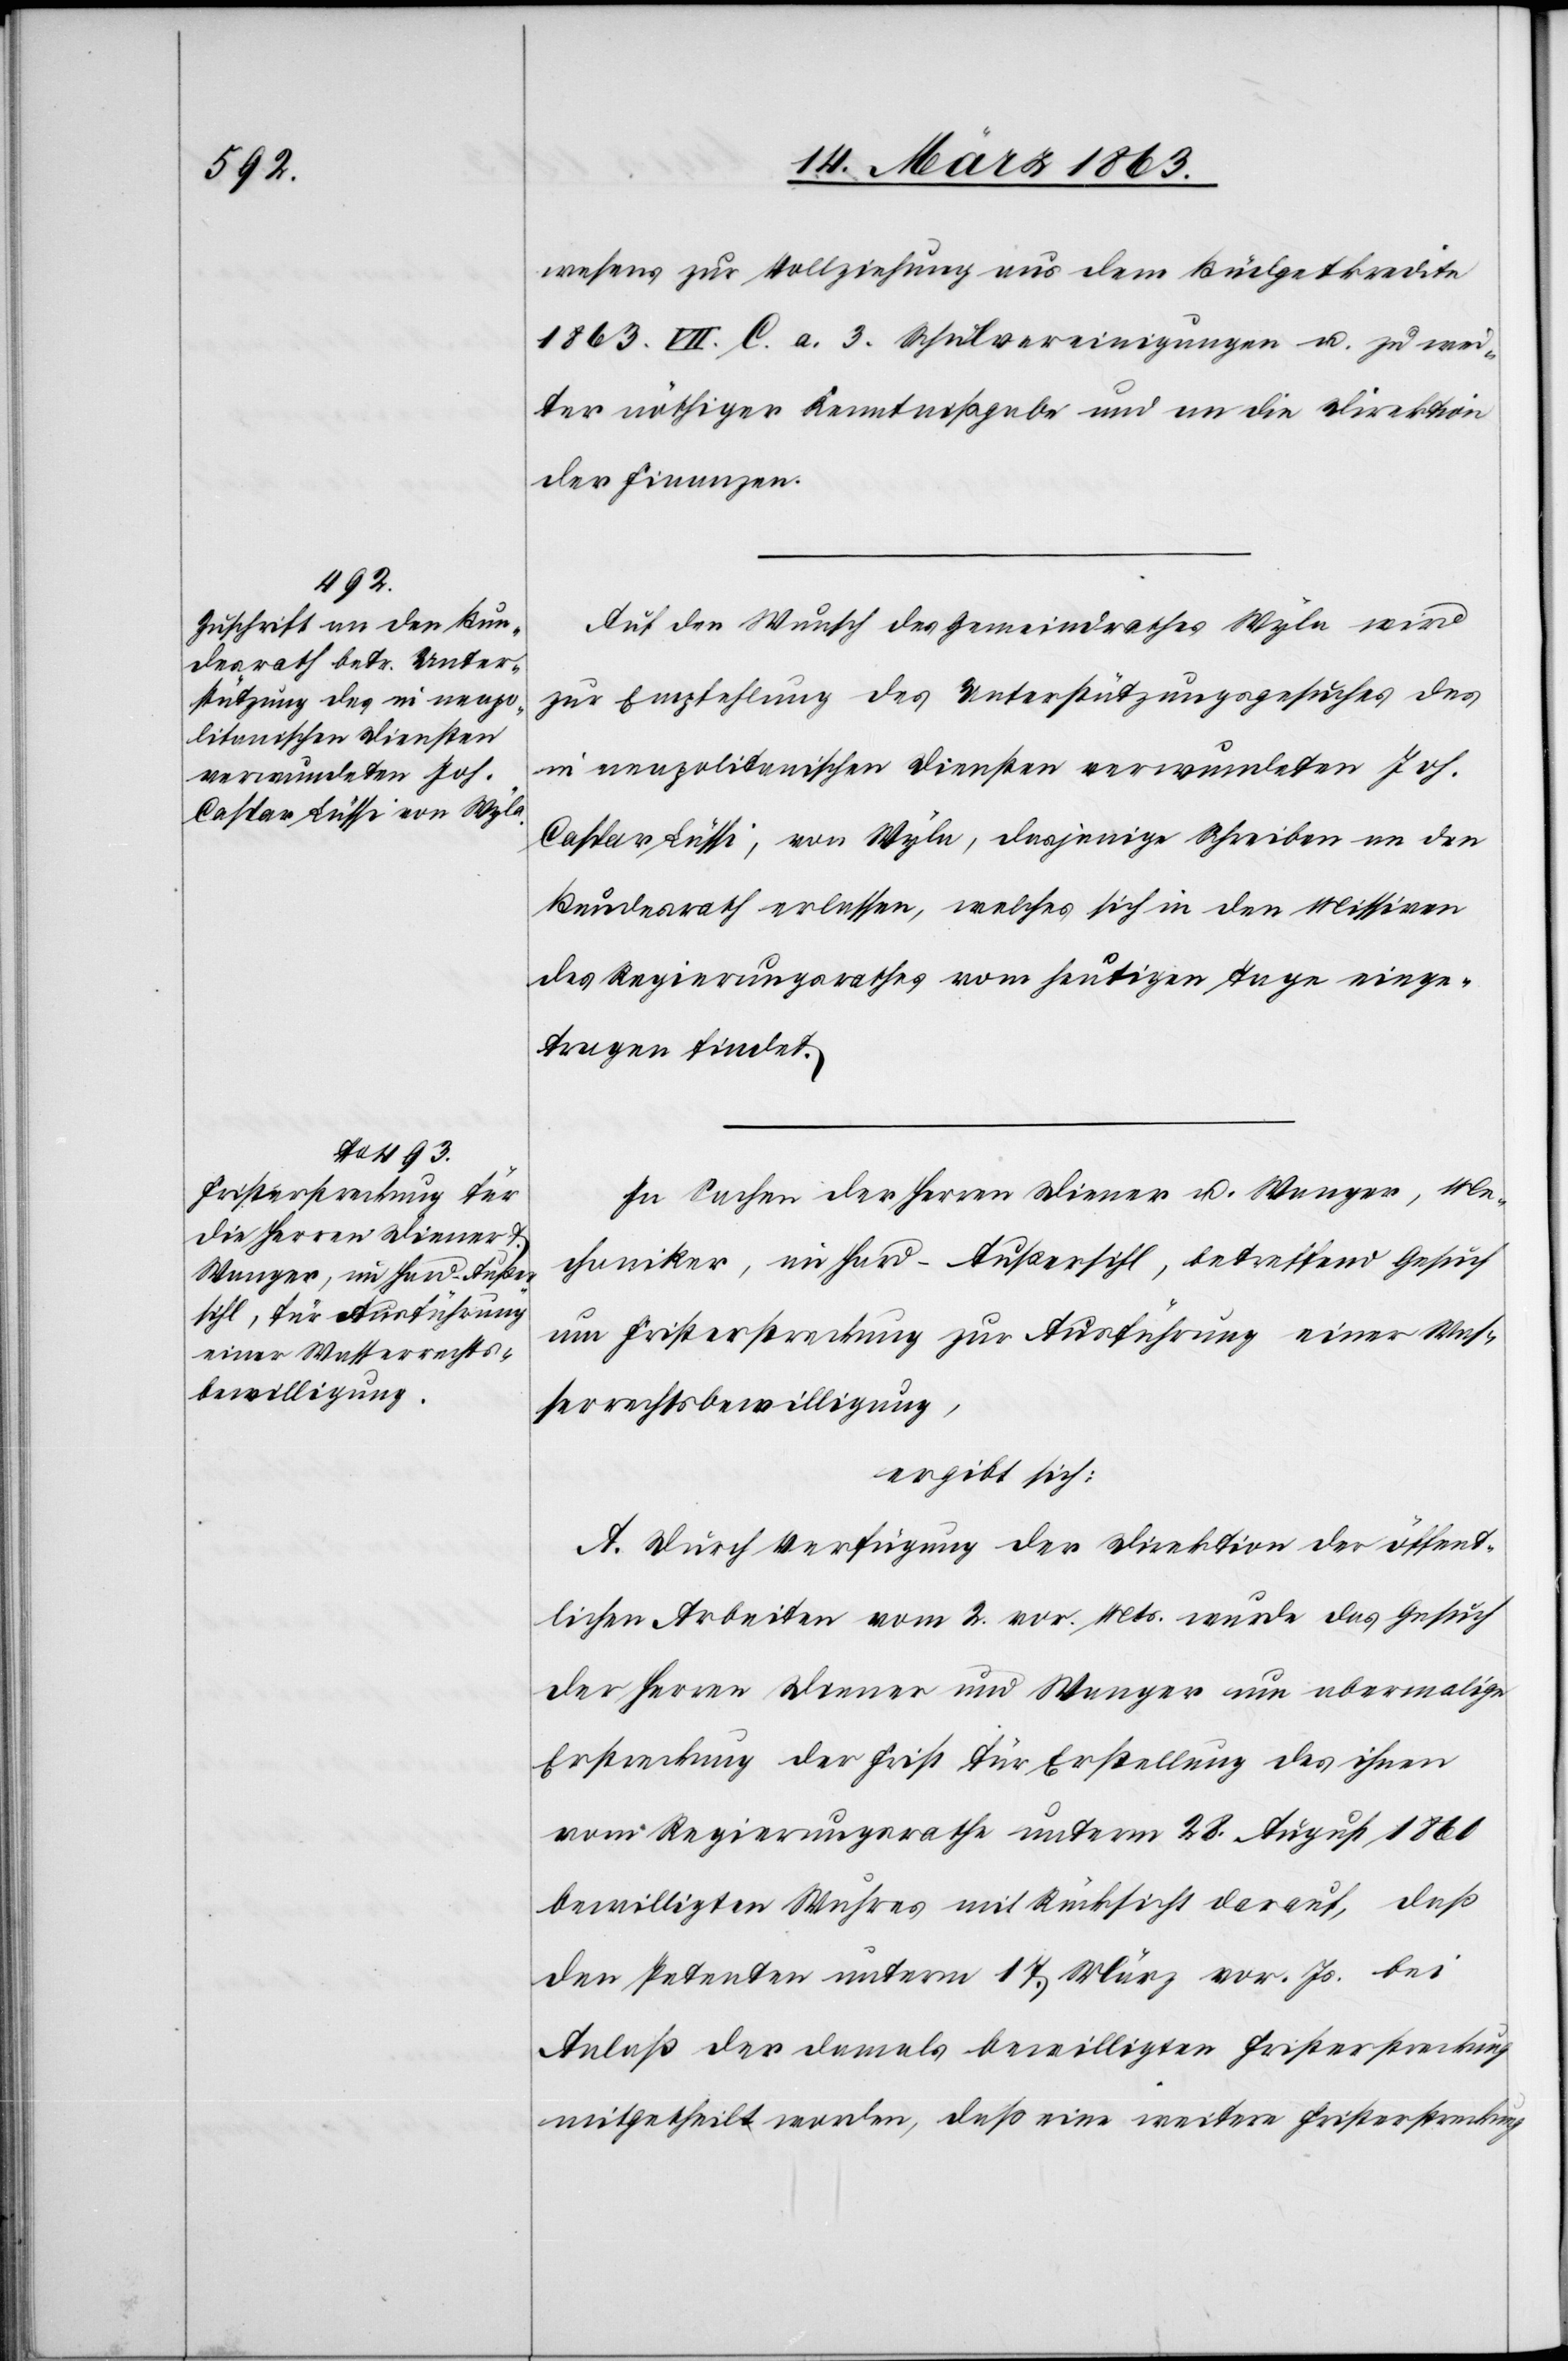
wesens zur Vollziehung aus dem Büdgetkredite
1863. VII. C. a. 3 Schulvereinigungen u. zu wei¬
ter nöthiger Kenntnißgabe und an die Direktion
der Finanzen.
Auf den Wunsch des Gemeindrathes Wyla wird
zur Empfehlung des Unterstützungsgesuches des
in neapolitanischen Diensten verwundeten Joh.
Caspar Lüssi, von Wyla, dasjenige Schreiben an den
Bundesrath erlassen, welches sich in den Missiven
des Regierungsrathes vom heutigen Tage einge¬
tragen findet.
In Sachen der Herren Diener u. Wanger, Me¬
chaniker, im Hard-Außersihl, betreffend Gesuch
um Fristerstreckung zur Ausführung einer Was¬
serrechtsbewilligung,
ergibt sich:
A. Durch Verfügung der Direktion der öffent¬
lichen Arbeiten vom 2. vor. Mts. wurde das Gesuch
der Herren Diener und Wanger um abermalige
Erstreckung der Frist für Erstellung des ihnen
vom Regierungsrathe unterm 28. August 1860
bewilligten Wuhres mit Rücksicht darauf, daß
den Petenten unterm 17. März vor. Js. bei
Anlaß der damals bewilligten Fristerstreckung
mitgetheilt worden, daß eine weitere Fristerstreckung